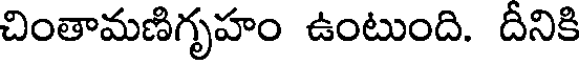
చింతామణిగృహం ఉంటుంది. దీనికి